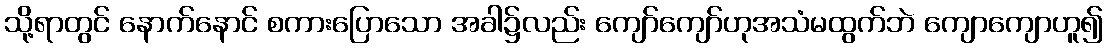
သို့ရာတွင် နောက်နောင် စကားပြောသော အခါ၌လည်း ကျော်ကျော်ဟုအသံမထွက်ဘဲ ကျောကျောဟူ၍